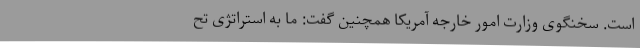
است. سخنگوی وزارت امور خارجه آمریکا همچنین گفت: ما به استراتژی تح